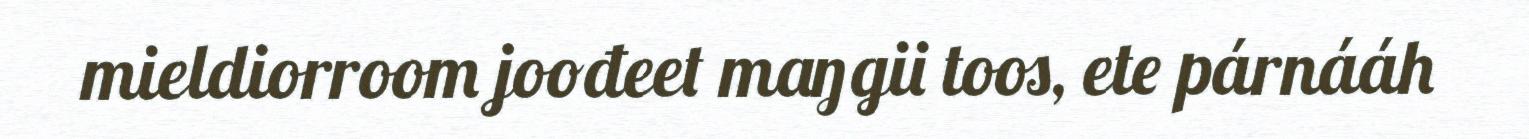
mieldiorroom joođeet maŋgii toos, ete párnááh